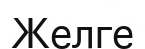
Желге